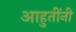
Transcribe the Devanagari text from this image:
आहुतींनी